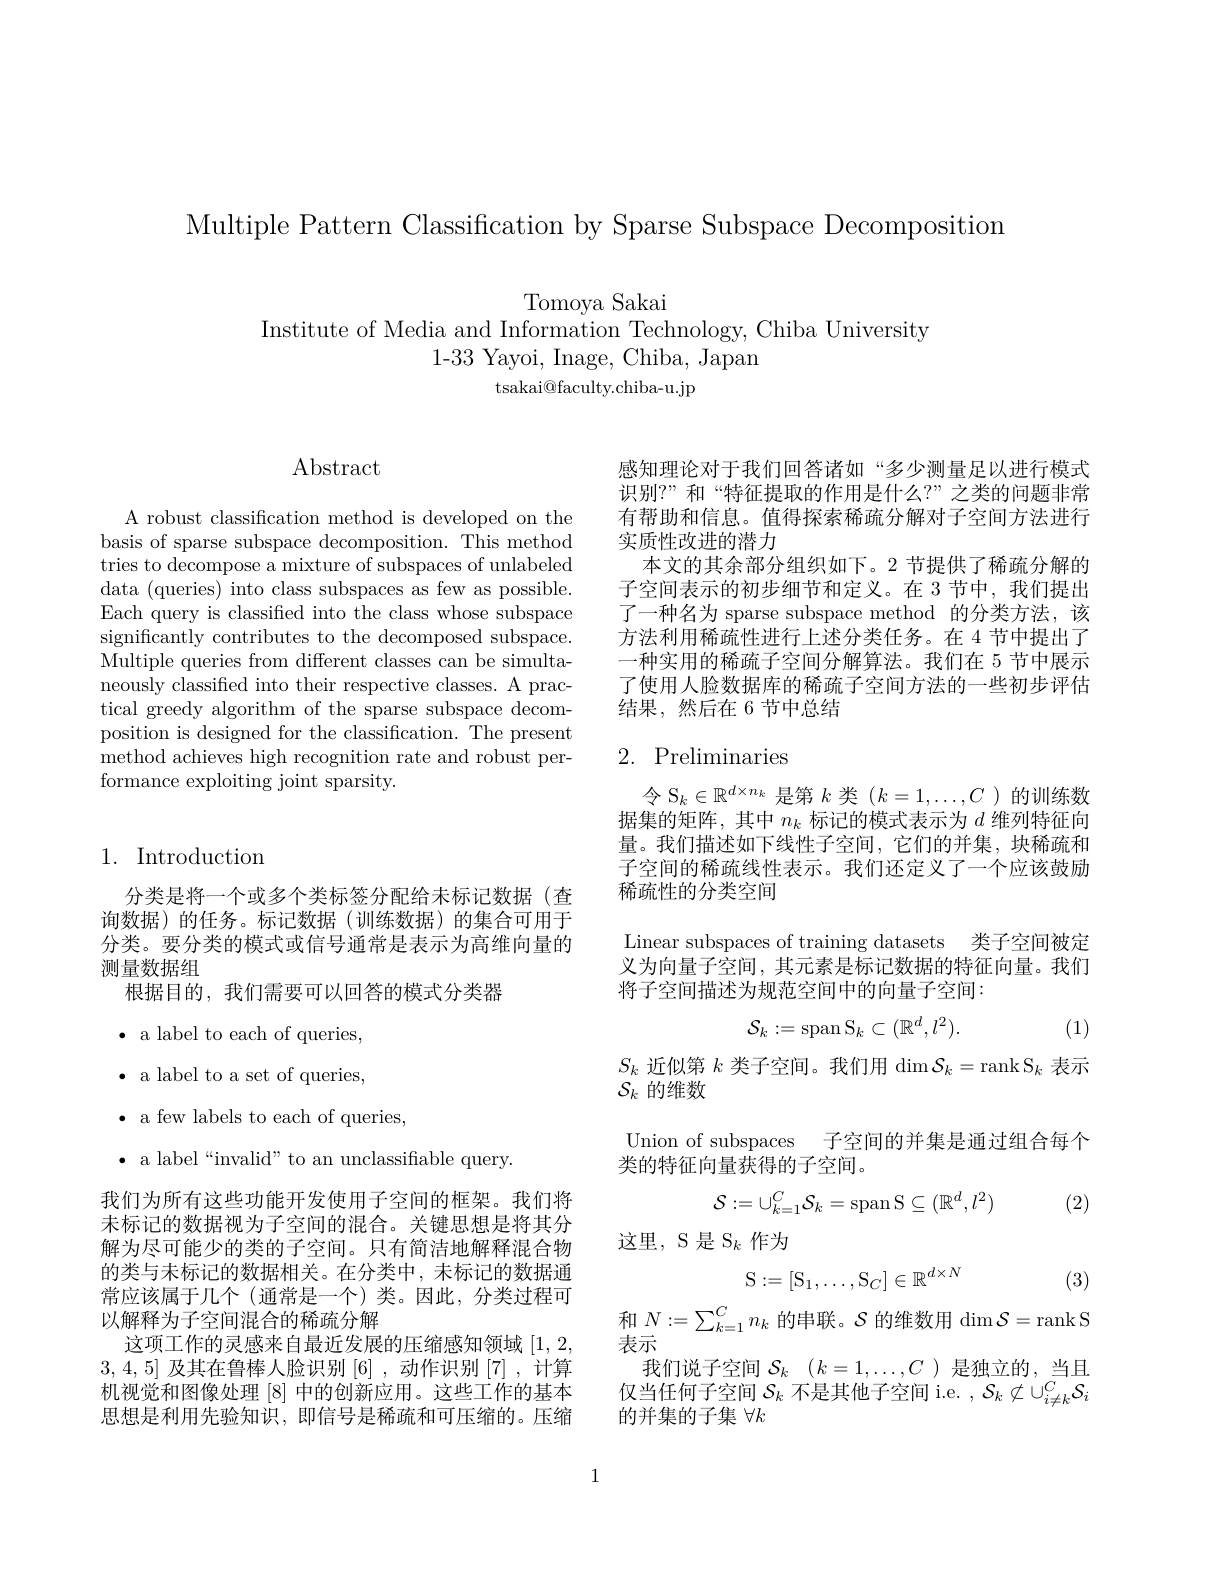
Multiple Pattern Classification by Sparse Subspace Decomposition

Tomoya Sakai
Institute of Media and Information Technology, Chiba University
1-33 Yayoi, Inage, Chiba, Japan
tsakai@faculty.chiba-u.jp

$\operatorname{Abstract}$

A robust classification method is developed on the basis of sparse subspace decomposition. This method tries to decompose a mixture of subspaces of unlabeled data (queries) into class subspaces as few as possible. Each query is classified into the class whose subspace significantly contributes to the decomposed subspace. Multiple queries from different classes can be simultaneously classified into their respective classes. A practical greedy algorithm of the sparse subspace decomposition is designed for the classification. The present method achieves high recognition rate and robust performance exploiting joint sparsity.

## 1. Introduction

分类是将一个或多个类标签分配给未标记数据(查询数据)的任务。标记数据(训练数据)的集合可用于分类。要分类的模式或信号通常是表示为高维向量的测量数据组
根据目的，我们需要可以回答的模式分类器
$\bullet$ a label to each of queries, $\bullet$ a label to a set of queries, $\bullet$ a few labels to each of queries,
$\bullet$ a label“invalid”to an unclassifiable query.
我们为所有这些功能开发使用子空间的框架。我们将未标记的数据视为子空间的混合。关键思想是将其分解为尽可能少的类的子空间。只有简洁地解释混合物的类与未标记的数据相关。在分类中，未标记的数据通常应该属于几个(通常是一个)类。因此，分类过程可以解释为子空间混合的稀疏分解
这项工作的灵感来自最近发展的压缩感知领域[1,2, 3,4,5]及其在鲁棒人脸识别[6] ,动作识别[7] ,计算机视觉和图像处理[8]中的创新应用。这些工作的基本思想是利用先验知识，即信号是稀疏和可压缩的。压缩

感知理论对于我们回答诸如“多少测量足以进行模式识别？”和“特征提取的作用是什么？”之类的问题非常有帮助和信息。值得探索稀疏分解对子空间方法进行实质性改进的潜力
本文的其余部分组织如下。2 节提供了稀疏分解的子空间表示的初步细节和定义。在 3 节中，我们提出了一种名为 sparse subspace method 的分类方法，该方法利用稀疏性进行上述分类任务。在 4 节中提出了一种实用的稀疏子空间分解算法。我们在 5 节中展示了使用人脸数据库的稀疏子空间方法的一些初步评估结果，然后在 6 节中总结

## 2. Preliminaries

令$S_k\in\mathbb{R}^d\times n_k$是第$k$类$(k=1,\ldots,C$ )的训练数据集的矩阵，其中$n_k$标记的模式表示为$d$维列特征向量。我们描述如下线性子空间，它们的并集，块稀疏和子空间的稀疏线性表示。我们还定义了一个应该鼓励稀疏性的分类空间

Linear subspaces of training datasets 类子空间被定义为向量子空间，其元素是标记数据的特征向量。我们将子空间描述为规范空间中的向量子空间：
$$\mathcal{S}_k:=\operatorname{span}\mathcal{S}_k\subset(\mathbb{R}^d,l^2).$$
(1)

$S_k$近似第$k$类子空间。我们用$\dim\mathcal{S}_k=\operatorname{rank}\mathcal{S}_k$表示
$\mathcal{S}_k$的维数

Union of subspaces 子空间的并集是通过组合每个
类的特征向量获得的子空间。

(2)
$$\mathcal{S}:=\cup_{k=1}^C\mathcal{S}_k=\operatorname{span}\mathrm{S}\subseteq(\mathbb{R}^d,l^2)$$
这里，S 是 S$_k$作为

(3)
$$\mathrm S:=[\mathrm S_1,\dots,\mathrm S_C]\in\mathbb R^{d\times N}$$
和$N:=\sum_{k=1}^Cn_k$的串联。$\mathcal{S}$的维数用$\dim\mathcal{S}=$rank S
表示
我们说子空间$\mathcal{S} _k$ $( k= 1, \ldots , C$ )是独立的，当且仅当任何子空间$\mathcal{S}_k$不是其他子空间 i.e. $,\mathcal{S}_k\not\subset\cup_i\neq k^C\mathcal{S}_i$ 的并集的子集$\forall k$

1